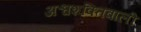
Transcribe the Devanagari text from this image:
अश्वशक्तिवाली